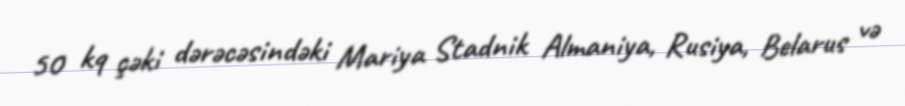
50 kq çəki dərəcəsindəki Mariya Stadnik Almaniya, Rusiya, Belarus və